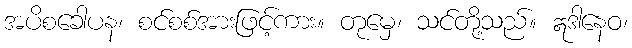
အပိစခေါပန၊ စင်စစ်အားဖြင့်ကား။ တုမှေ၊ သင်တို့သည်။ ဣဒါနေဝ၊